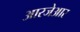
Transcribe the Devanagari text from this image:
आरजेआर